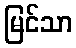
မြင်သာ